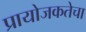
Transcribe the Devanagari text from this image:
प्रायोजकतेचा